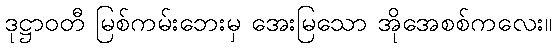
ဒုဋ္ဌာဝတီ မြစ်ကမ်းဘေးမှ အေးမြသော အိုအေစစ်ကလေး။